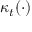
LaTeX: \ \kappa _ { t } ( \cdot )